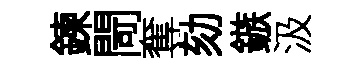
鍊閜奪劾鏃汲